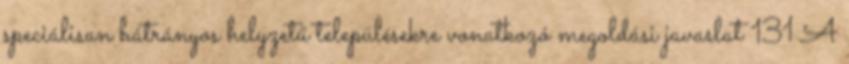
speciálisan hátrányos helyzetű településekre vonatkozó megoldási javaslat 131 A